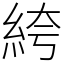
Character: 絝